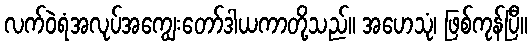
လက်ဝဲရံအလုပ်အကျွေးတော်ဒါယကာတို့သည်။ အဟေသုံ၊ ဖြစ်ကုန်ပြီ။